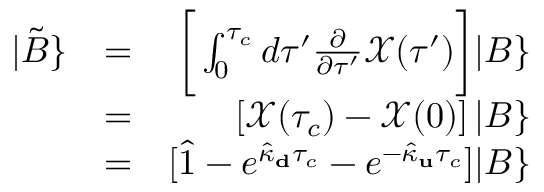
\begin{array} { r l r } { | \tilde { B } \} } & { = } & { \bigg [ \int _ { 0 } ^ { \tau _ { c } } d \tau ^ { \prime } \frac { \partial } { \partial \tau ^ { \prime } } \mathcal { X } ( \tau ^ { \prime } ) \bigg ] | B \} } \\ & { = } & { \left[ \mathcal { X } ( \tau _ { c } ) - \mathcal { X } ( 0 ) \right] | B \} } \\ & { = } & { [ \hat { 1 } - e ^ { \hat { \kappa } _ { \bf d } \tau _ { c } } - e ^ { - \hat { \kappa } _ { \bf u } \tau _ { c } } ] | B \} } \end{array}